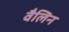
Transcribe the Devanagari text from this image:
वैलिन